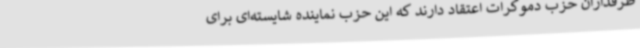
طرفداران حزب دموکرات اعتقاد دارند که این حزب نماینده شایسته‌ای برای